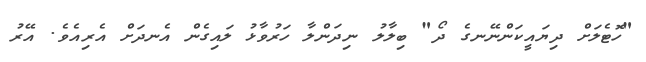
"ހޮޓެލަށް ދިޔައީކަންނޭނގެ ދޯ" ބިލާލު ނިދަންލާ ހަރުވާޅު ލައިގެން އެނދަށް އެރިއެވެ. އޭރު